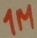
Text: 1M